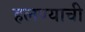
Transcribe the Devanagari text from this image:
हलण्याची